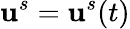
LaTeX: \mathbf{u}^{s}=\mathbf{u}^{s}(t)